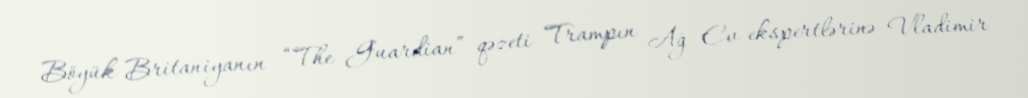
Böyük Britaniyanın “The Guardian” qəzeti Trampın Ağ Ev ekspertlərinə Vladimir